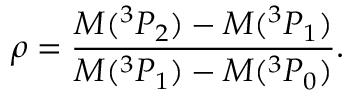
\rho = \frac { M ( ^ { 3 } P _ { 2 } ) - M ( ^ { 3 } P _ { 1 } ) } { M ( ^ { 3 } P _ { 1 } ) - M ( ^ { 3 } P _ { 0 } ) } .